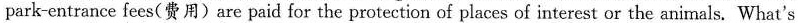
park-entrance fees(费用)are paid for the protection of places of interest or the animals. What's